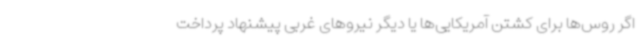
اگر روس‌ها برای کشتن آمریکایی‌ها یا دیگر نیروهای غربی پیشنهاد پرداخت